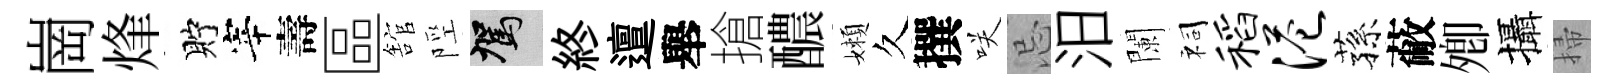
崗烽貯宰壽區舘陘駕終邅舉搶醲嬾久撰咲忌汨闌祠稻港蓀蔽𡖖攝掃